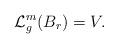
LaTeX: \begin{align*}\mathcal{L}^m_g(B_r) = V.\end{align*}